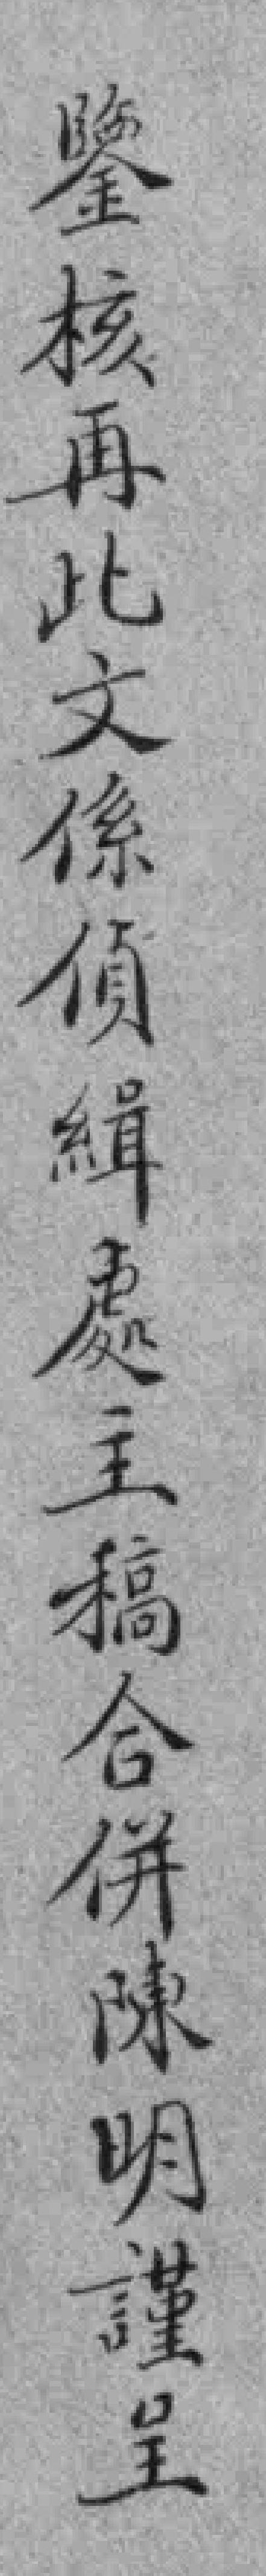
鑒核再此文係偵緝處主稿合併陳明謹呈